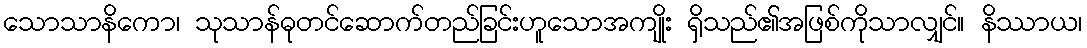
သောသာနိကော၊ သုသာန်ဓုတင်ဆောက်တည်ခြင်းဟူသောအကျိုး ရှိသည်၏အဖြစ်ကိုသာလျှင်။ နိဿာယ၊